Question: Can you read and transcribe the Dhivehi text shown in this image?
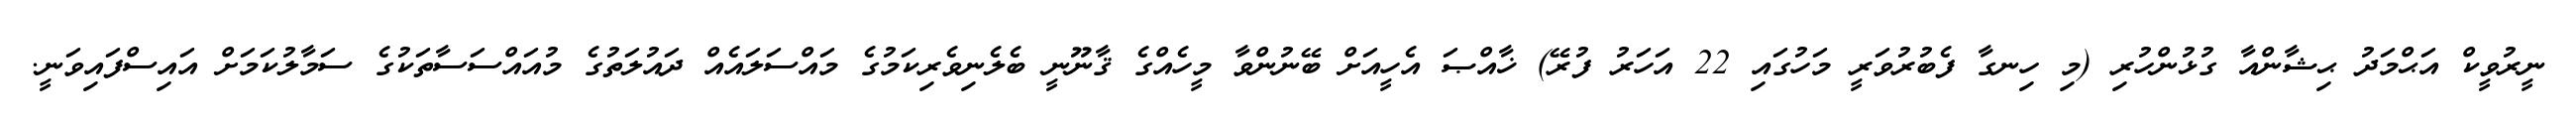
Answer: ނީރުވީކް އަޙްމަދު ޙިޝާންއާ ގުޅުންހުރި (މި ހިނގާ ފެބުރުވަރީ މަހުގައި 22 އަހަރު ފުރޭ) ޚާއްޞަ އެހީއަށް ބޭނުންވާ މީހެއްގެ ޤާނޫނީ ބެލެނިވެރިކަމުގެ މައްސަލައެއް ދައުލަތުގެ މުއައްސަސާތަކުގެ ސަމާލުކަމަށް އައިސްފައިވަނީ.